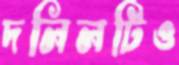
দলিলটিও